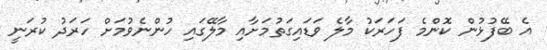
އެ ބޭފުޅުން ކޮންމެ ފަހަރަކު މާލެ ވަޑައިގަތުމަށާއި މާލޭގައި ހުންނެވުމަށް ހަރަދު ކުރަނީ